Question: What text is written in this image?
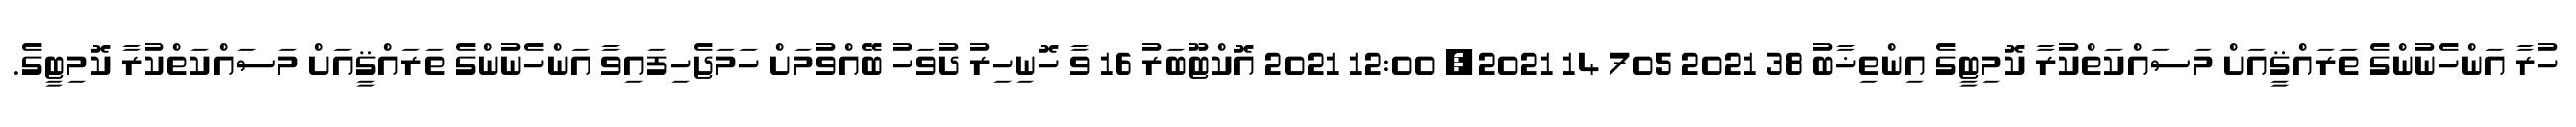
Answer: ހުރާ އަންހެނުންގެ ތަރައްޤީއަށް މަސައްކަތްކުރާ ކޮމިޓީގެ އިންތިޚާބު 38 2021 705 14 2021, 12:00 2021 އޮކްޓޫބަރު 16 ވާ ހޮނިހިރު ދުވަހު ބޭއްވުމަށް ހަމަޖެހިފައިވާ އަންހެނުންގެ ތަރައްޤީއަށް މަސައްކަތްކުރާ ކޮމިޓީގެ.